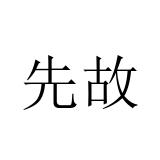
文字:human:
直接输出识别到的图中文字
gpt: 先故